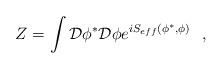
LaTeX: \begin{align*}Z = \int {\cal D}\phi^* {\cal D} \phi e^{iS_{eff} (\phi^*, \phi) }\, \, \, \, ,\end{align*}